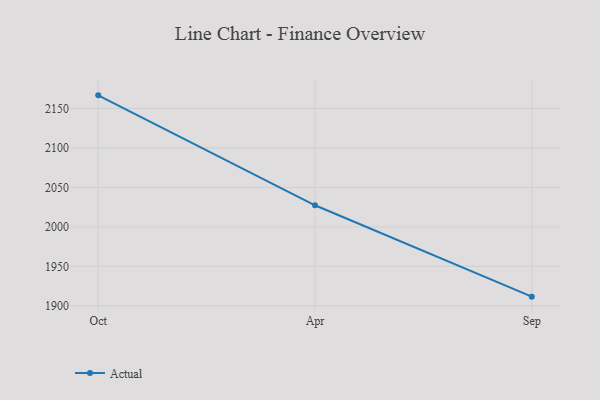
{"axis": {"x": "Month", "y": "Waste Production (Tons)"}, "legend": ["Actual"], "data": [{"x": "Oct", "y": 2166.5, "type": "Actual"}, {"x": "Apr", "y": 2027.3, "type": "Actual"}, {"x": "Sep", "y": 1911.6, "type": "Actual"}]}